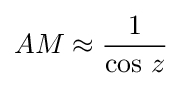
AM\approx {\frac {1}{\cos \,z}}